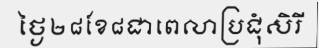
ថ្ងៃ២៨ខែ៨ជាពេលាប្រជុំសិរី